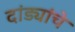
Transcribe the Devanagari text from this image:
दांड्यांचे